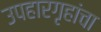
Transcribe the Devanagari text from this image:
उपहारगृहांचा